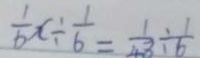
\frac { 1 } { 6 } x \div \frac { 1 } { 6 } = \frac { 1 } { 4 3 } \div \frac { 1 } { 6 }